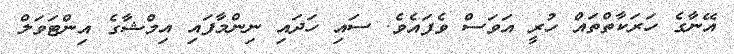
އޭނާގެ ހަރަކާތްތައް ހުރީ އަވަސް ވެފައެވެ. ސައި ހަދައި ނިންމާފައި އިމްޝާގެ އިންޓަވަލް